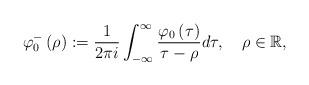
LaTeX: \begin{align*}\varphi_{0}^{-}\left( \rho\right) :=\frac{1}{2\pi i}\int_{-\infty}^{\infty}\frac{\varphi_{0}\left( \tau\right) }{\tau-\rho}d\tau,\quad\rho\in\mathbb{R}, \end{align*}